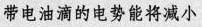
带电油滴的电势能将减小